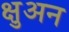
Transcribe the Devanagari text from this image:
क्षुअन